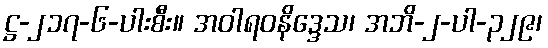
ဋ္ဌ-၂၁၇-၆-ပါးစီး။ အဝါရဝနိဒ္ဒေသ၊ အဘိ-၂-ပါ-၃၂၉၊